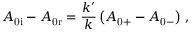
A _ { \mathrm { 0 i } } - A _ { \mathrm { 0 r } } = \frac { k ^ { \prime } } { k } \left( A _ { \mathrm { 0 + } } - A _ { \mathrm { 0 - } } \right) \, ,